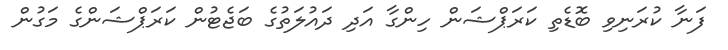
ފަނާ ކުރަނިވި ބޮޑެތި ކަރަޕްޝަން ހިންގާ އަދި ދައުލަތުގެ ބަޖެޓުން ކަރަޕްޝަންގެ މަގުން